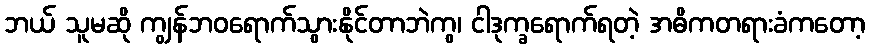
ဘယ် သူမဆို ကျွန်ဘဝရောက်သွားနိုင်တာဘဲကွ၊ ငါဒုက္ခရောက်ရတဲ့ အဓိကတရားခံကတော့